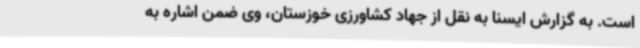
است. به گزارش ایسنا به نقل از جهاد کشاورزی خوزستان، وی ضمن اشاره به